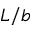
L / b